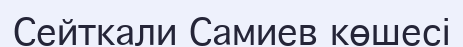
Сейткали Самиев көшесі